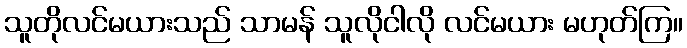
သူတိုလင်မယားသည် သာမန် သူလိုငါလို လင်မယား မဟုတ်ကြ။